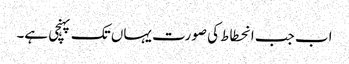
اب جب انحطاط کی صورت یہاں تک پہنچی ہے۔